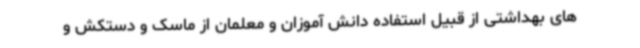
های بهداشتی از قبیل استفاده دانش آموزان و معلمان از ماسک و دستکش و